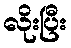
လိုးပြီး